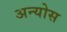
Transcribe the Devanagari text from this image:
अन्योस